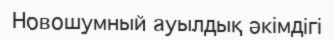
Новошумный ауылдық әкімдігі